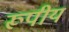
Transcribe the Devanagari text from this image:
रूपीय